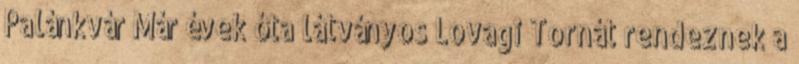
Palánkvár Már évek óta látványos Lovagi Tornát rendeznek a